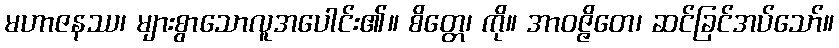
မဟာဇနဿ၊ များစွာသောလူအပေါင်း၏။ စိတ္တေ၊ ကို။ အာဝဇ္ဇိတေ၊ ဆင်ခြင်အပ်သော်။